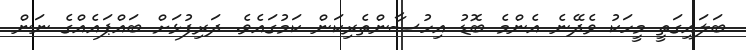
ބަލައިގަތީ މީހަކު ވެދޭނެ އެންމެ ބޮޑު އިހުސާންތެރިކަން ކަމުގައެވެ. ދަރިފުޅަށް ބައްޕައެއްގެ ނަން